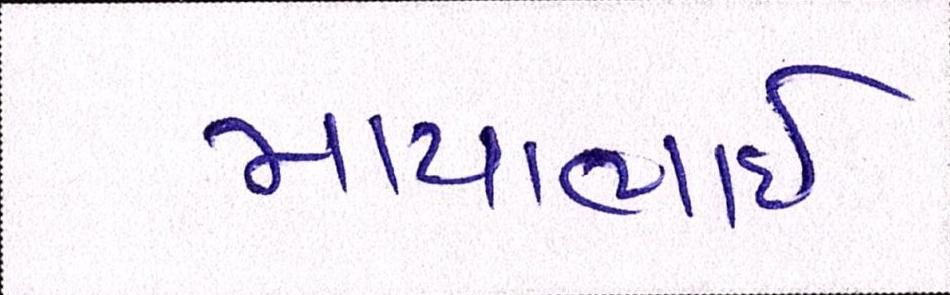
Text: માયાભાઇ